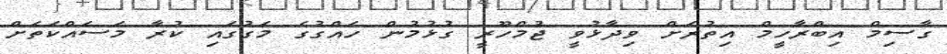
ގާސިމް އިބްރާހީމް އިތުރަށް ވިދާޅުވީ ޖުމްހޫރީ ގުޅުމުން ހައްގުގެ މަގުގައި ކުރާ މަސައްކަތަށް